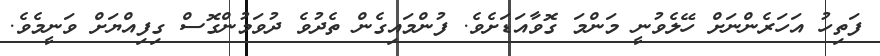
ފަތިހު އަހަރެންނަށް ހޭލެވުނީ މަންމަ ގޮވާއަޑަށެވެ. ފުންމައިގެން ތެދުވެ ދުވަމުންގޮސް ގިފިއްޔަށް ވަނީމެވެ.